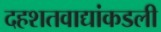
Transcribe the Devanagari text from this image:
दहशतवाद्यांकडली